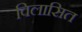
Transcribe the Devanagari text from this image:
विलासित